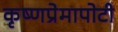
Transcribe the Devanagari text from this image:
कृष्णप्रेमापोटी